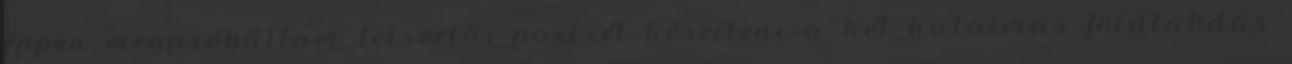
éppen megpróbáltam tetszetős portrét készíteni a két hatalmas földlabdás